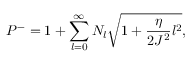
P ^ { - } = 1 + \sum _ { l = 0 } ^ { \infty } N _ { l } \sqrt { 1 + \frac { \eta } { 2 J ^ { 2 } } l ^ { 2 } } ,